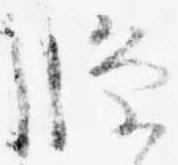
条